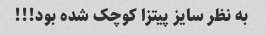
به نظر سایز پیتزا کوچک شده بود!!!